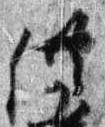
供